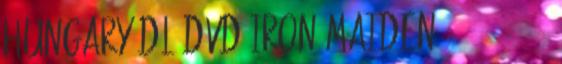
Hungary DL DVD Iron Maiden - 2016 07 01